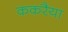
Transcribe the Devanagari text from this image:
ककरैया